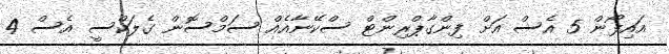
އައިފޯން 5 އެސް އަށް ފިންގާޕްރިންޓް ސްކޭނާއެއް ސަމްސޮން ގެލަކްސީ އެސް 4